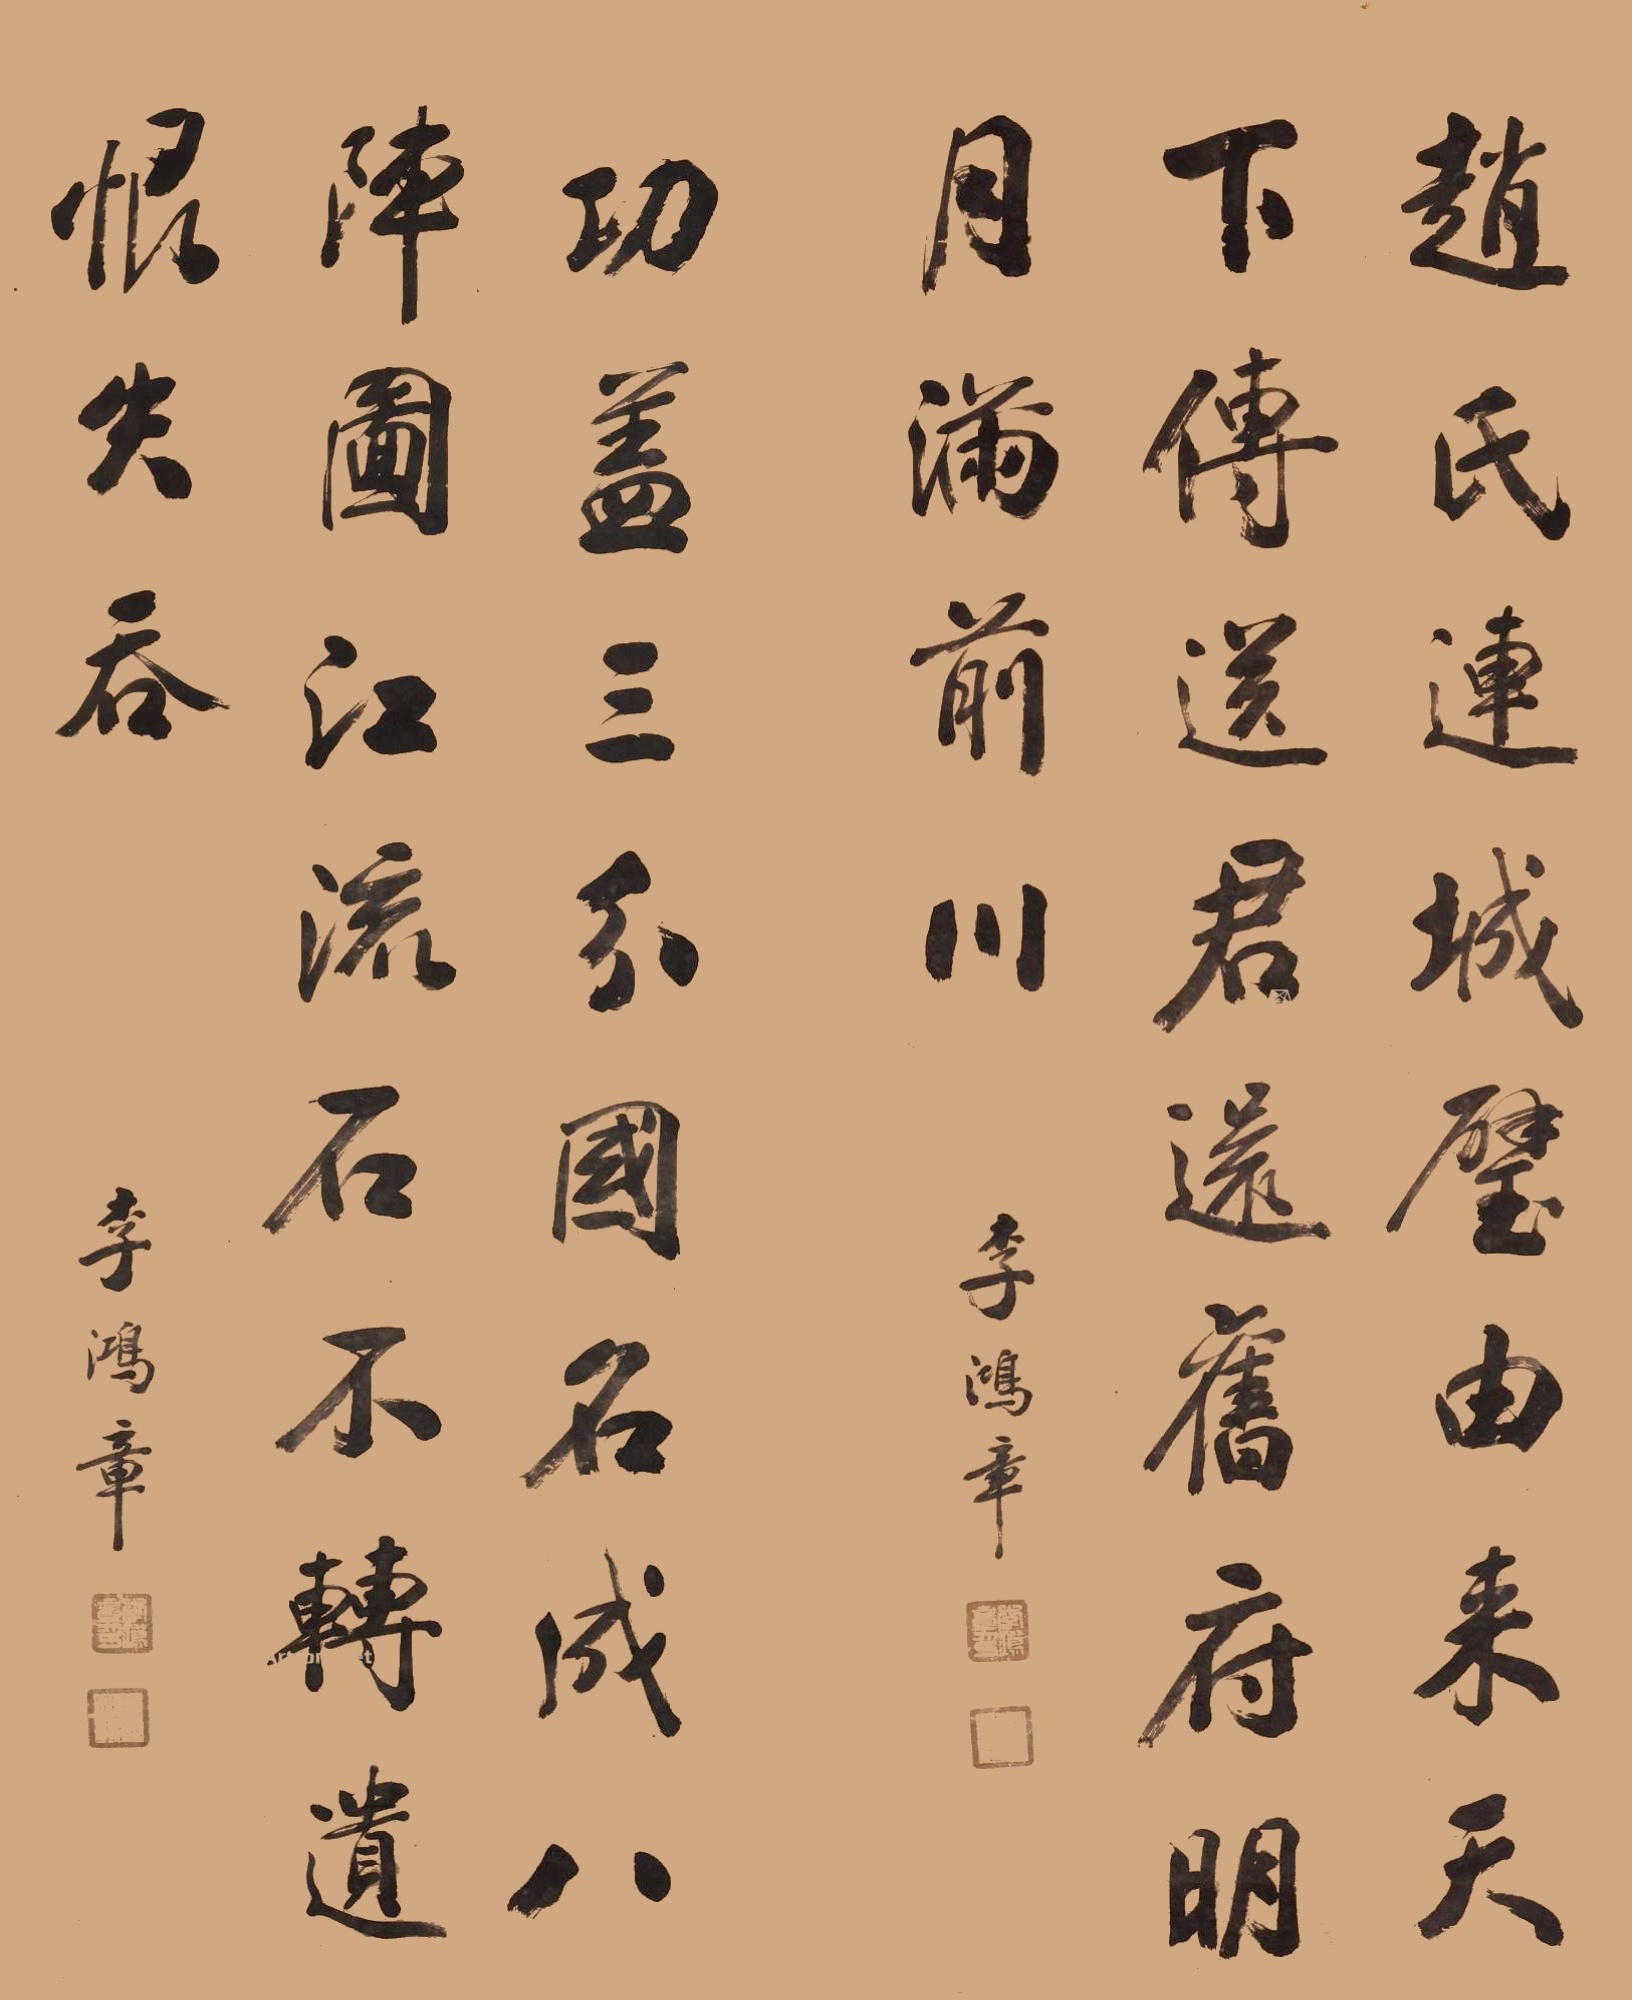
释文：一、赵氏连城璧，由来天下传。送君还旧，明月满前川。二、功盖三分国，名成八阵图，江流石不转，遗恨失吞。